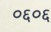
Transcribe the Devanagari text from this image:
०६०६